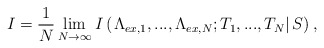
\begin{align*}I = \frac{1}{N}\mathop {\lim }\limits_{N \to \infty } I\left( {\left. {{\Lambda _{ex,1}},...,{\Lambda _{ex,N}};{T_1},...,{T_N}} \right|S} \right),\end{align*}